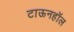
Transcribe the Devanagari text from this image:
टाऊनहॉल